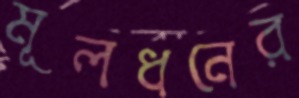
মূলধনের